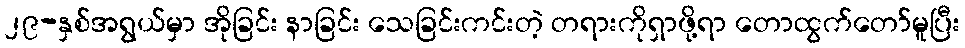
၂၉-နှစ်အရွယ်မှာ အိုခြင်း နာခြင်း သေခြင်းကင်းတဲ့ တရားကိုရှာဖို့ရာ တောထွက်တော်မူပြီး